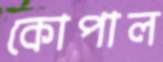
কোপাল